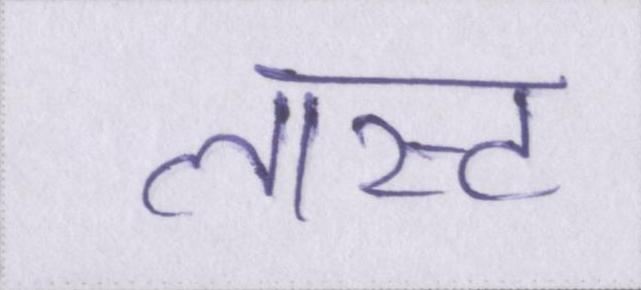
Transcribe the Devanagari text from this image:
लास्ट